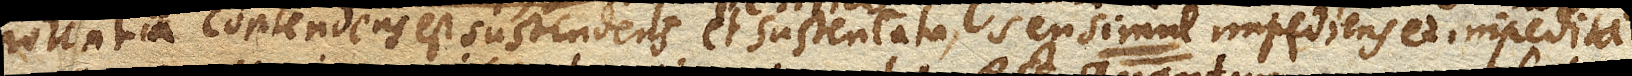
potentia contendens est sustendens et sustentata, seu simul impediens et impedita.